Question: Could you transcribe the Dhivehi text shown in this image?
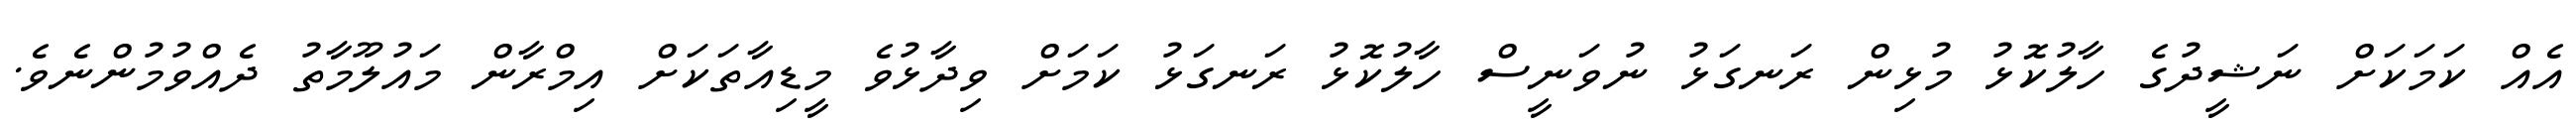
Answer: އެއް ކަމަކަށް ނަޝީދުގެ ހާލުކޮޅު މުޅިން ރަނގަޅު ނުވަނީސް ހާލުކޮޅު ރަނގަޅު ކަމަށް ވިދާޅުވެ މީޑިއާތަކަށް އިމްރާން މައުލޫމާތު ދެއްވުމުންނެވެ.